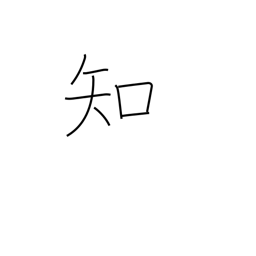
Meaning: know